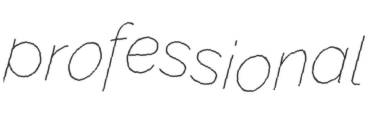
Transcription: professional